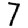
Digit: 7